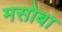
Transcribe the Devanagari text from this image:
मसोबा